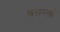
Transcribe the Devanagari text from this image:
वसन्तो